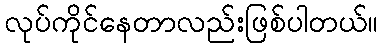
လုပ်ကိုင်နေတာလည်းဖြစ်ပါတယ်။